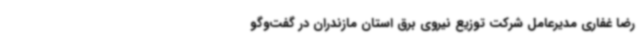
رضا غفاری مدیرعامل شرکت توزیع نیروی برق استان مازندران در گفت‌وگو